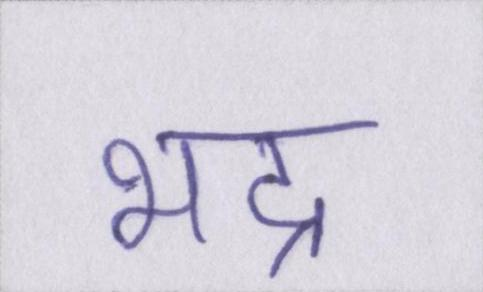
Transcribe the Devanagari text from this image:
भद्र